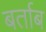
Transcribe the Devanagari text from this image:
बर्ताब